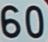
60